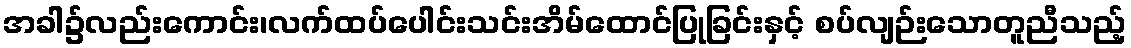
အခါ၌လည်းကောင်း၊လက်ထပ်ပေါင်းသင်းအိမ်ထောင်ပြုခြင်းနှင့် စပ်လျဉ်းသောတူညီသည့်